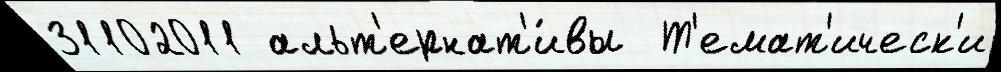
31102011 альт'ернат'и́вы  Т'емат'ическ'и